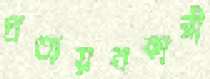
প্রত্যয়নকারী